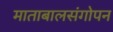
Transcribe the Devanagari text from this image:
माताबालसंगोपन